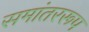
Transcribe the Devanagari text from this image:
समांतररूप